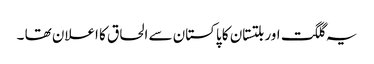
یہ گلگت اور بلتستان کا پاکستان سے الحاق کا اعلان تھا ۔